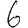
Digit: 6